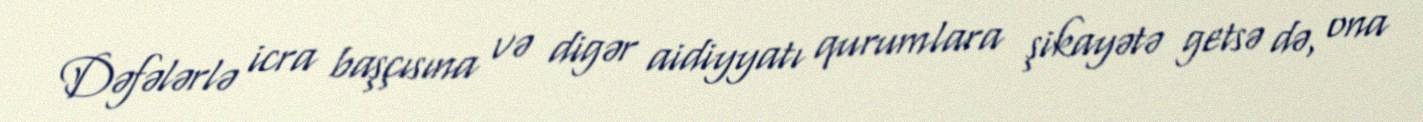
Dəfələrlə icra başçısına və digər aidiyyatı qurumlara şikayətə getsə də, ona